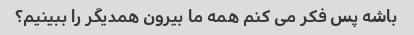
باشه پس فکر می کنم همه ما بیرون همدیگر را ببینیم؟